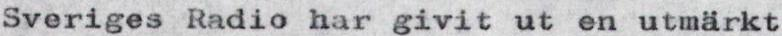
Sveriges Radio har givit ut en utmärkt